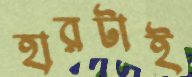
হারটাই